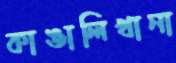
কাঙালিখানা